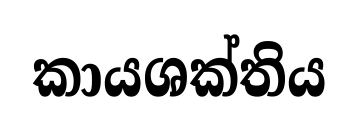
කායශක්තිය